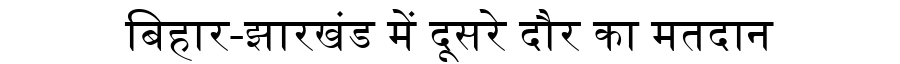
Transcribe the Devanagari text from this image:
बिहार-झारखंड में दूसरे दौर का मतदान